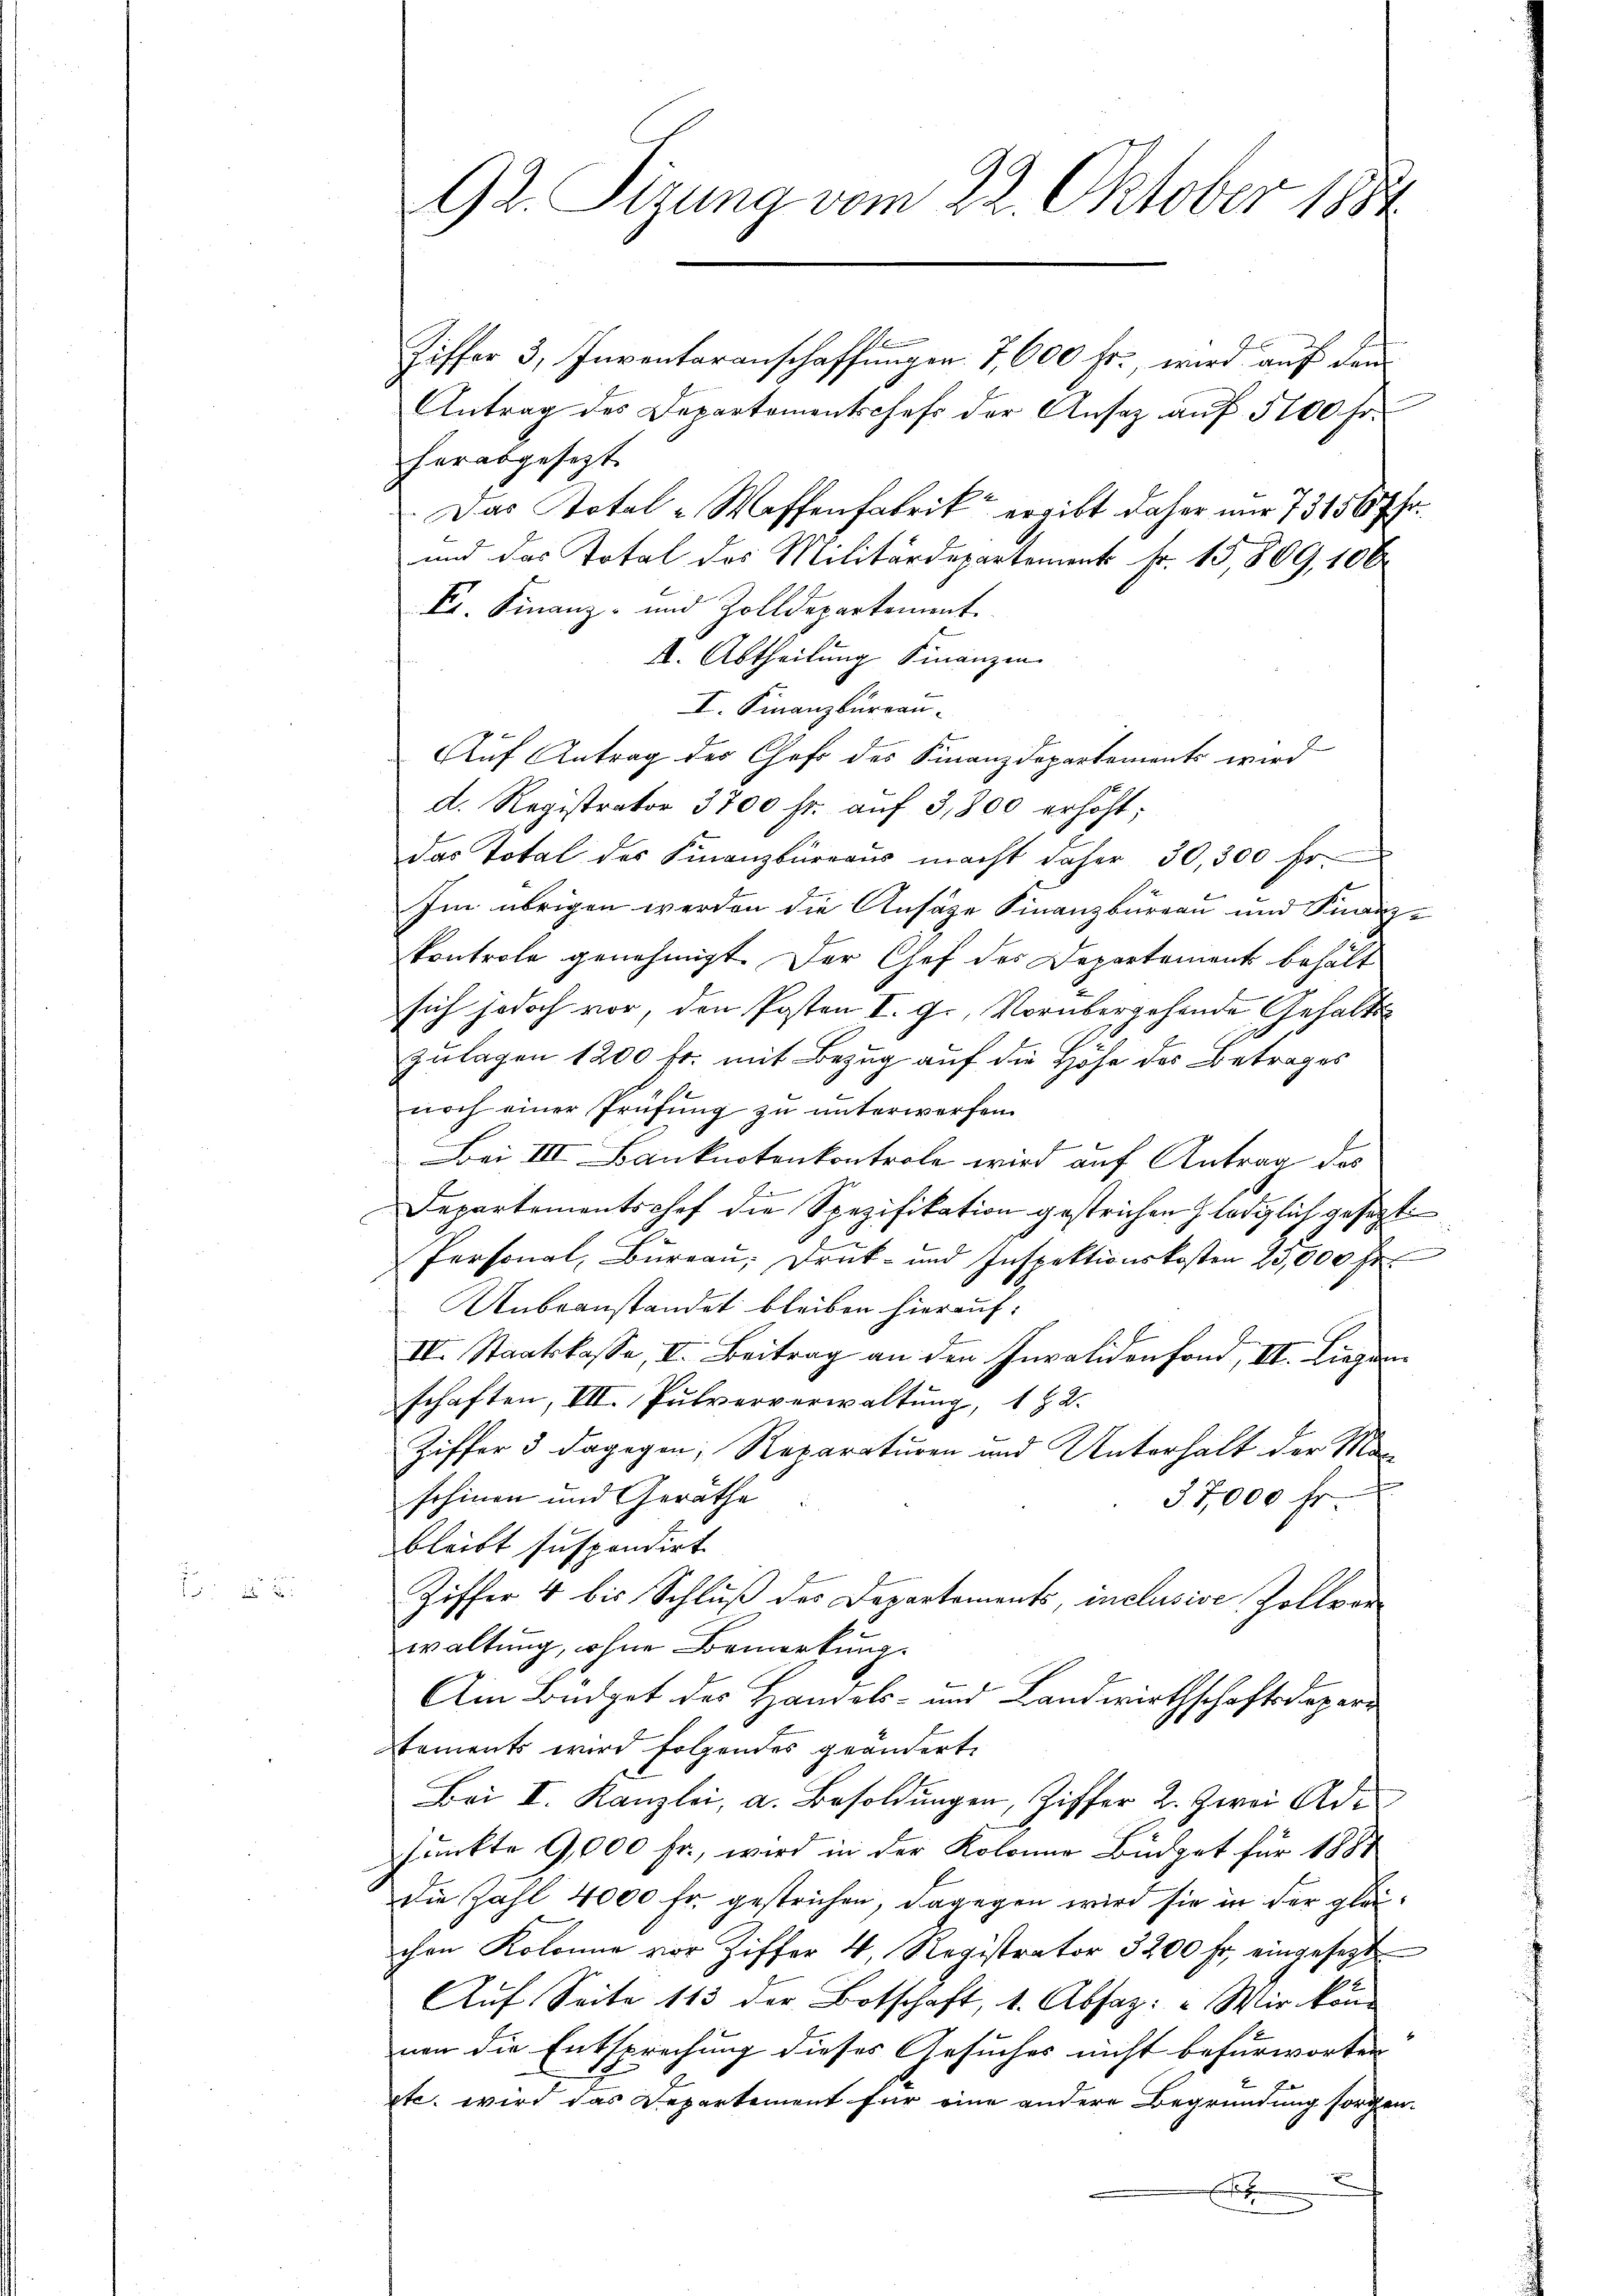
92. Tizung vom 22. Oktober 1884

1
Tiffer 3, Inventaranschaffungen. 7,600 fr., wird auf den
Antrag des Departementschefs der Ansaz aŭf 5100 Fr.
herabgesezt.
Das Total-Waffenfabrik ergibt daher nur 731567 Fr.
und das Total des Militärdepartement Fr. 15,809, 100
E. Finanz- und Zolldepartement
4. Abtheilung Finanzen
I. Finanzbüreau.
Auf Antrag des Chefs des Finanzdepartements wird
d. Registrator 3700 fr. aŭf 3,800 erhöht:
das Total des Finanzbüreaus macht daher, 30,300 Fr.
Im übrigen werden die Ansage Finanzbureau und Franz-
kontrole genehmigt. Der Chef des Departement behält
sich jedoch vor, den Posten I. g., vorübergehende Gehalt
Zulagen 1200 Fr. mit Bezug auf die Höhe des Betrages
1
noch einer Prüfung zu unterwerfen.
Bei III Banknotenkontrole wird auf Antrag des
n
Departementschef die Spezifikation gestrichen lediglich gesezt
Personal, Büreaŭ; Druck- und Inspektionskosten 25,000 Fr.
Unbeanstandet bleiben hierauf:
IV. Staatskasse, II. Beitrag an den Invalidenfond, III. Liegen
schaften, VII. Pulververwaltung, 182.
Ziffer 3 dagegen, Reparaturen und Unterhalt der Manschinen und Geräthe
37,000 Fr.
bleibt suspendirt
Ziffer 4 bis Schluß des Departements, inclusive Zollvor
waltung, ohne Bemerkung.
Am Büdget des Handels- und Landwirthschaftsdepartements wird folgendes geändert.
Bei I. Kanzlei, a. Besoldungen, Ziffer 2. Zwei Adfunkte 9,000 Fr., wird in der Kolonie Büdget für 1887
Die Zahl 4000 Fr. gestrichen, dagegen wird sie in der gleichen Kolonie vor Ziffer 4. Registrator 3200 fr. eingesezt
Auf Seite 113 der Botschaft, 1. Absaz: " Wir kön
nen die Entsprechung dieses Gesuches nicht befürworten
ptc. wird das Departement für eine andere Begründung sorgen.
2
E